Civil Veterinary Dept. North-West Frontier Province 1933-46 - 1933-1946
Year: 1933
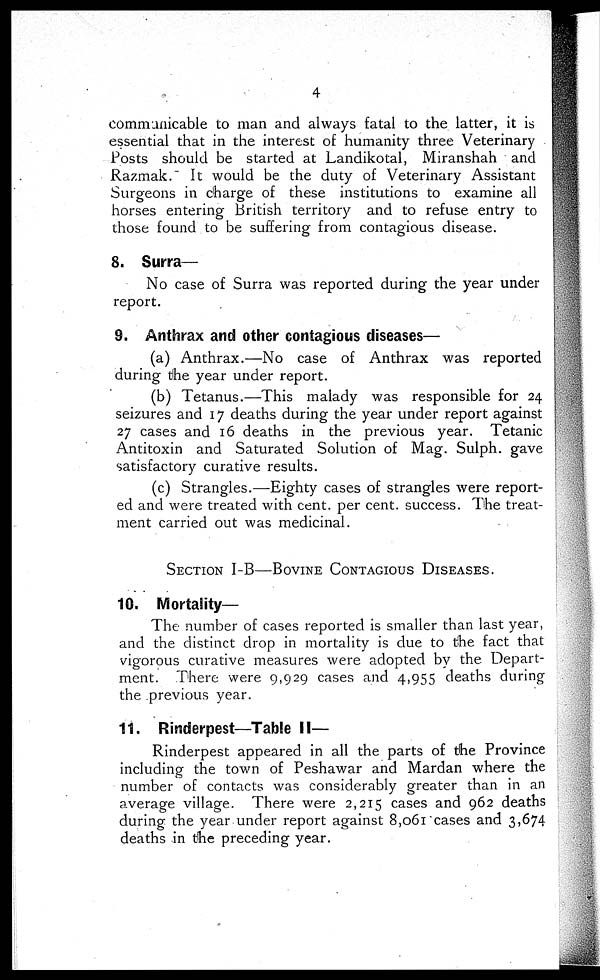
4
communicable to man and always fatal to the latter, it is
essential that in the interest of humanity three Veterinary
Posts should be started at Landikotal, Miranshah and
Razmak. It would be the duty of Veterinary Assistant
Surgeons in charge of these institutions to examine all
horses entering British territory and to refuse entry to
those found to be suffering from contagious disease.
8. Surra—
No case of Surra was reported during the year under
report.
9. Anthrax and other contagious diseases—
(a) Anthrax.—No case of Anthrax was reported
during the year under report.
(b) Tetanus.—This malady was responsible for 24
seizures and 17 deaths during the year under report against
27 cases and 16 deaths in the previous year. Tetanic
Antitoxin and Saturated Solution of Mag. Sulph. gave
satisfactory curative results.
(c) Strangles.—Eighty cases of strangles were report-
ed and were treated with cent. per cent. success. The treat-
ment carried out was medicinal.
SECTION I-B—BOVINE CONTAGIOUS DISEASES.
10. Mortality—
The number of cases reported is smaller than last year,
and the distinct drop in mortality is due to the fact that
vigorous curative measures were adopted by the. Depart-
ment. There were 9,929 cases and 4,955 deaths during
the previous year.
11. Rinderpest—Table II—
Rinderpest appeared in all the parts of the Province
including the town of Peshawar and Mardan where the
number of contacts was considerably greater than in an
average village. There were 2,215 cases and 962 deaths
during the year under report against 8,061 cases and 3,674
deaths in the preceding year.